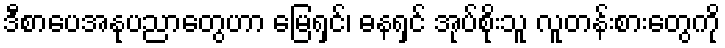
ဒီစာပေအနုပညာတွေဟာ မြေရှင်၊ ဓနရှင် အုပ်စိုးသူ လူတန်းစားတွေကို